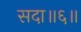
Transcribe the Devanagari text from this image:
सदा॥६॥